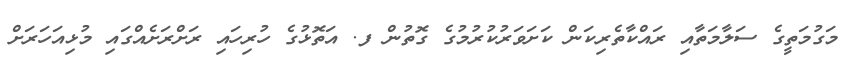
މަގުމަތީގެ ސަލާމަތާއި ރައްކާތެރިކަން ކަށަވަރުކުރުމުގެ ގޮތުން ފ. އަތޮޅުގެ ހުރިހައި ރަށްރަށެއްގައި މުޅިއަހަރަށް